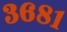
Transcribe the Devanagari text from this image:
३६८१